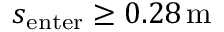
s _ { \mathrm { e n t e r } } \ge 0 . 2 8 \, \mathrm { m }